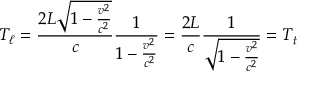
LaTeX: T _ { \ell } = { \frac { 2 L { \sqrt { 1 - { \frac { v ^ { 2 } } { c ^ { 2 } } } } } } { c } } { \frac { 1 } { 1 - { \frac { v ^ { 2 } } { c ^ { 2 } } } } } = { \frac { 2 L } { c } } { \frac { 1 } { \sqrt { 1 - { \frac { v ^ { 2 } } { c ^ { 2 } } } } } } = T _ { t }